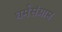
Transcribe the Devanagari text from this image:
धर्मसंग्राम